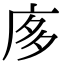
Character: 㢁